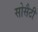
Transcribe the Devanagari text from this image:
सोसैटी